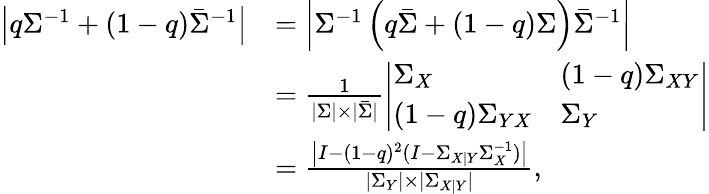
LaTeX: \begin{array}{rl}{\left|q\Sigma^{-1}+(1-q)\bar{\Sigma}^{-1}\right|}&{=\left|\Sigma^{-1}\left(q\bar{\Sigma}+(1-q)\Sigma\right)\bar{\Sigma}^{-1}\right|}\\ &{=\frac{1}{|\Sigma|\times|\bar{\Sigma}|}\left|\begin{array}{ll}{\Sigma_{X}}&{(1-q)\Sigma_{XY}}\\ {(1-q)\Sigma_{YX}}&{\Sigma_{Y}}\end{array}\right|}\\ &{=\frac{\left|I-(1-q)^{2}(I-\Sigma_{X|Y}\Sigma_{X}^{-1})\right|}{|\Sigma_{Y}|\times|\Sigma_{X|Y}|},}\end{array}